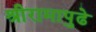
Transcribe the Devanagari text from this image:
श्रीरामापुढे